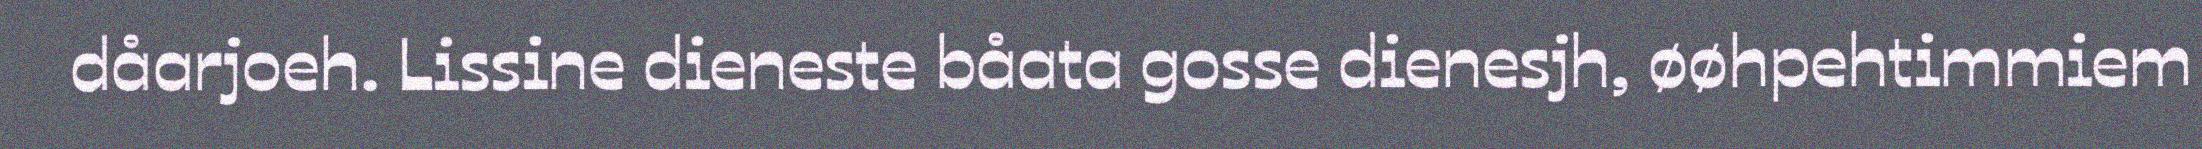
dåarjoeh. Lissine dieneste båata gosse dienesjh, øøhpehtimmiem